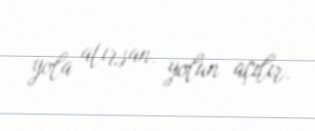
yola atırsan, yolun açılır.